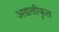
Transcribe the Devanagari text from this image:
अद्यतीकृत